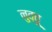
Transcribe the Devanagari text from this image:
नुव्वू